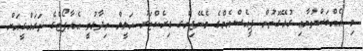
މި އެއްބަސްވުމާއި ގުޅޭގޮތުން ޕީއެސްއެމްގެ މެނޭޖިންގ ޑިރެކްޓަރު ހަލީލް ވިދާޅުވީ އެއާޕޯޓްގެ ތަރައްގީއަށް